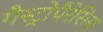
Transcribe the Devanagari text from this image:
गैस्ट्रोपैरेसिस